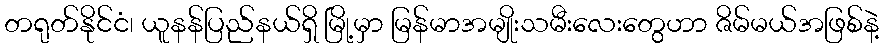
တရုတ်နိုင်ငံ၊ ယူနန်ပြည်နယ်ရှိ မြို့မှာ မြန်မာအမျိုးသမီးလေးတွေဟာ ဇိမ်မယ်အဖြစ်နဲ့